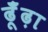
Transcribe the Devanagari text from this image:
ढूँंढ़ा